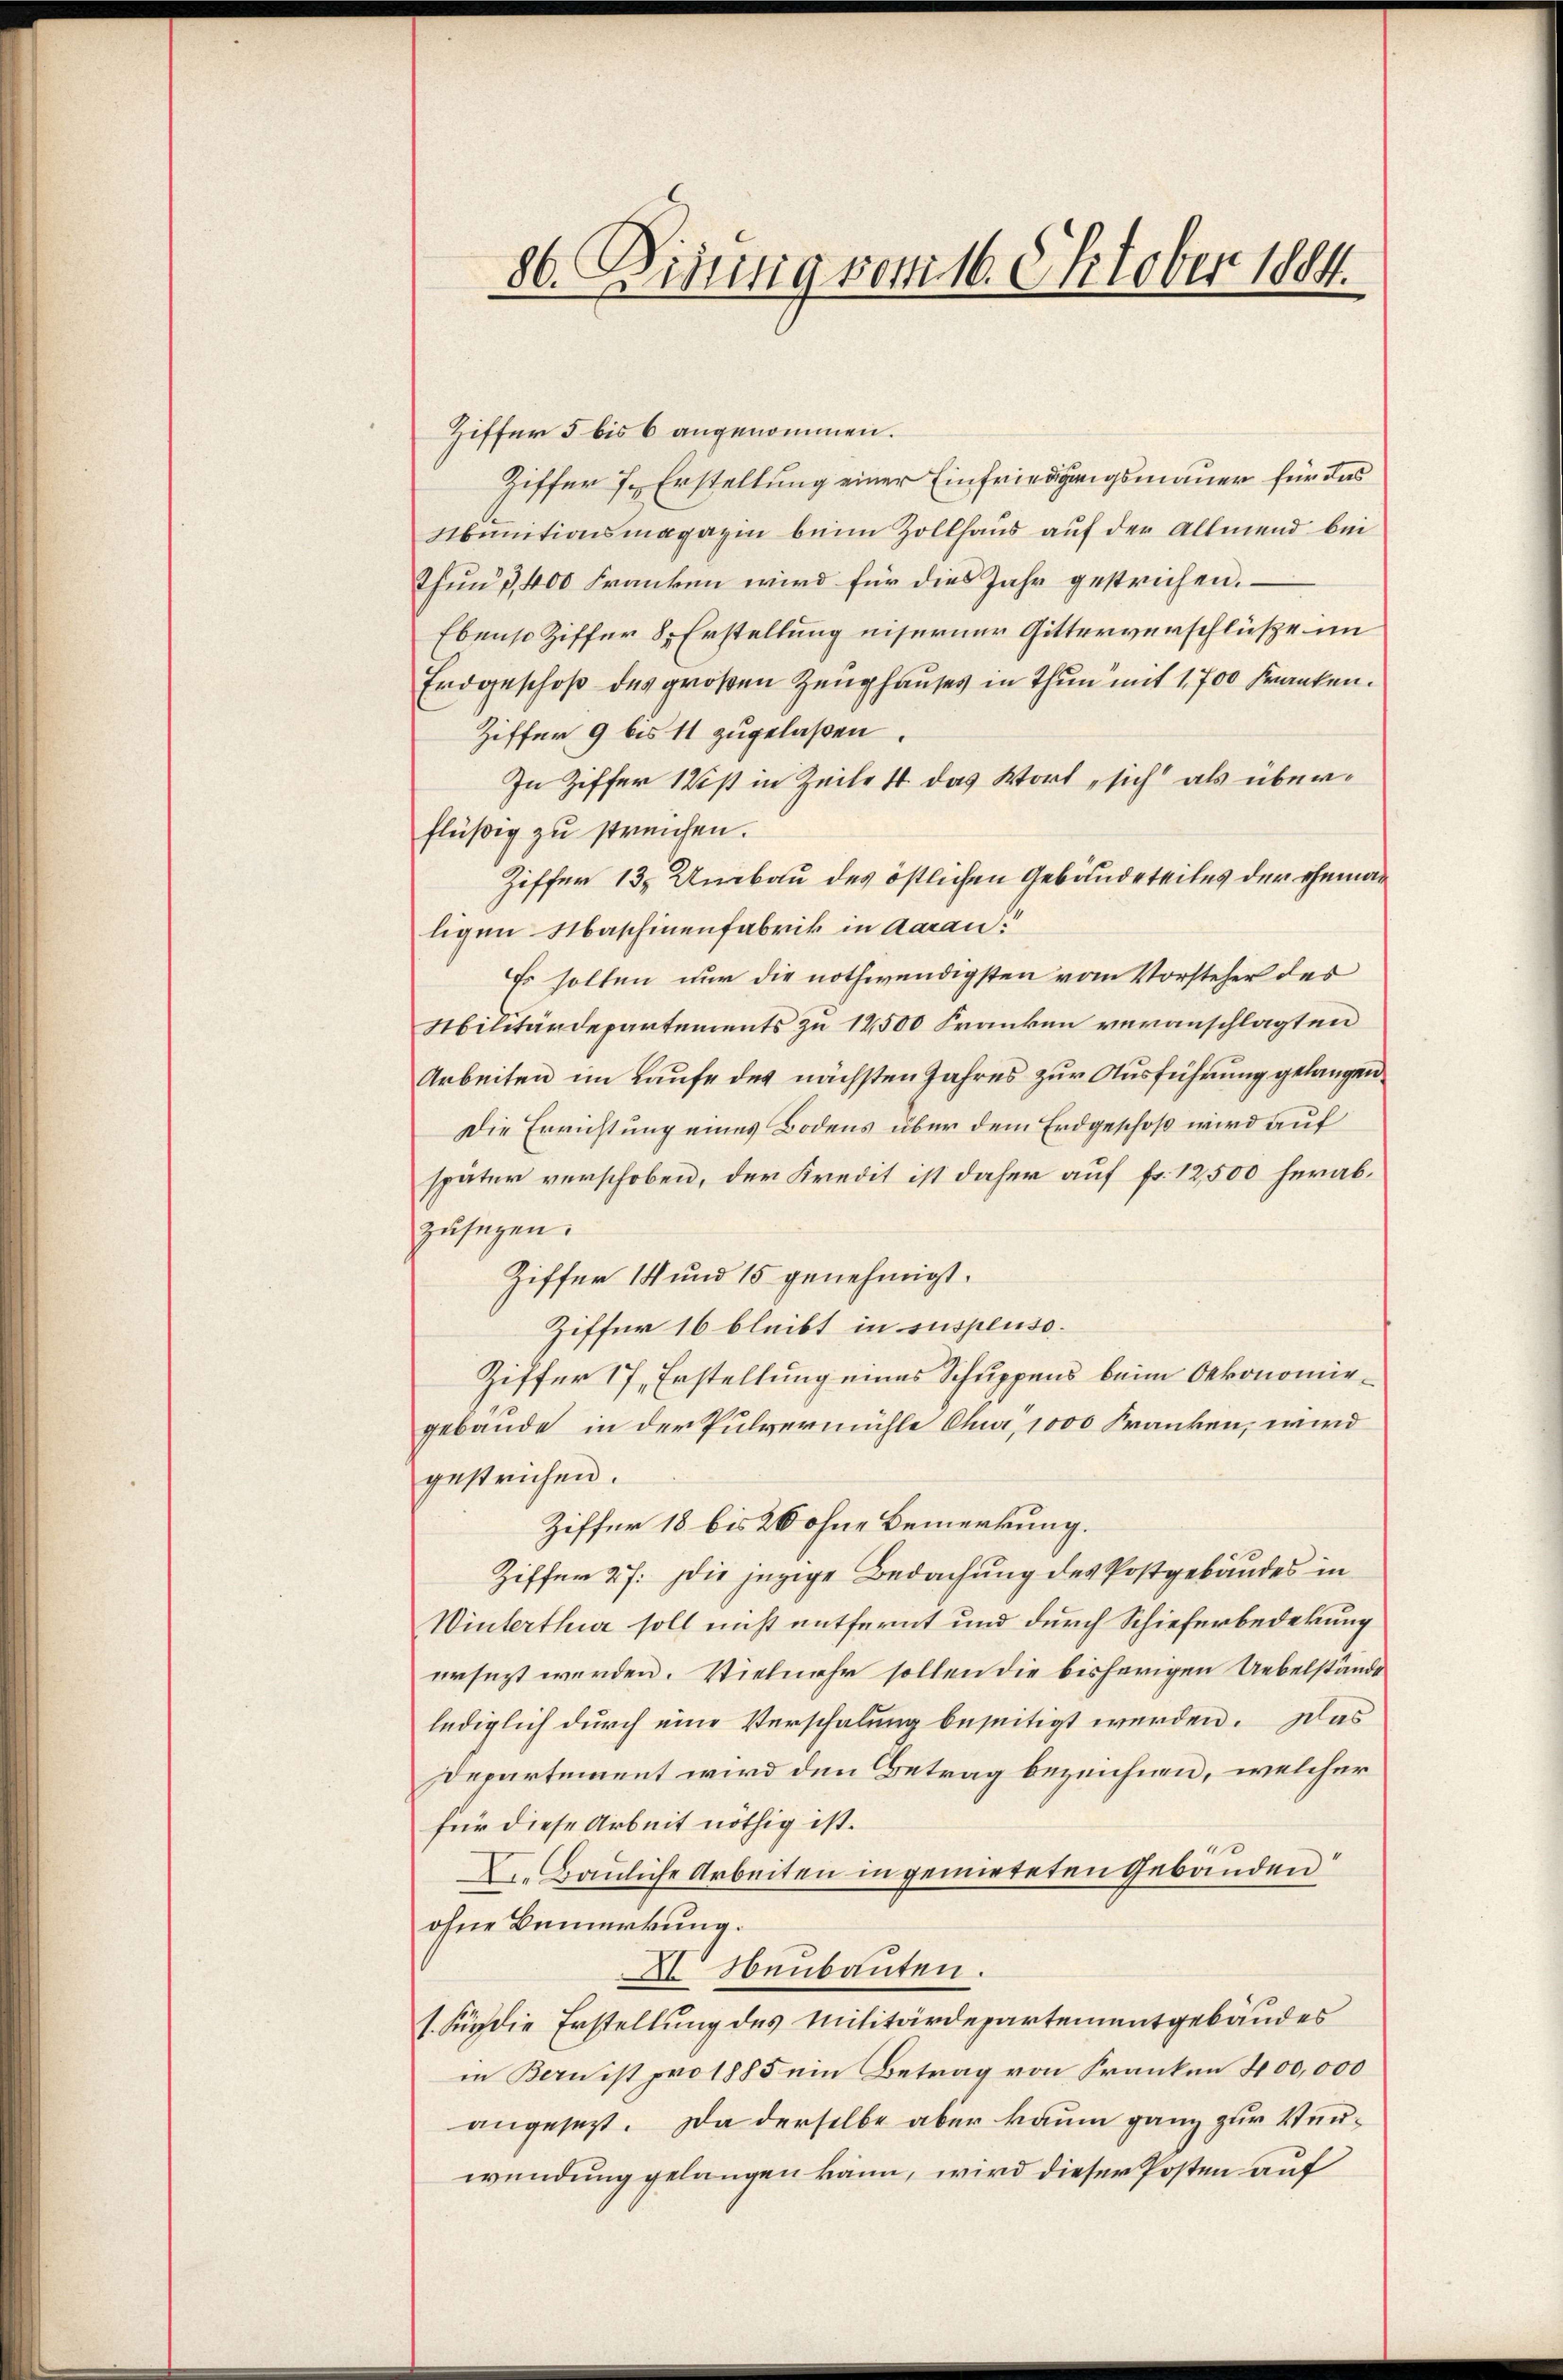
860. Bisung vom 16. Oktober 1884.

Ziffer 5 bis 6 angenommen.
Ziffer 7. Erstellung einer Einfriedigungsmauer für das
Abunitionsmagazin beim Zollhaus auf der Allmend bei
Thun, 400 Franken wird für dies Jahr gestrichen.
Ebenso Ziffer 8. Erstellung eiserner Gitterverschlüße im
Endgeschoß des großen Zeughauses in Thun mit 1,700 Franken.
Ziffer 9 bis 11 zugelaßen.
In Ziffer 1st in Zeile 4 das Wort sich als überflüßig zu streichen.
Ziffer 13. Umbau des östlichen Gebäudeteiles der eheman
ligen Maschinenfabrik in daran!
Es sollen nur die nothwendigsten vom Vorsteher des
Militärdepartements zu 14500 Franken veranschlagten
Arbeiten im Laufe des nächsten Jahres zur Ausführung gelangen.
Die Errichtung eines Bodens über dem Erdgeschoß wird auf
später verschoben, der Kredit ist daher auf fr. 12,500 herabzusagen.
Ziffer 14 und 15 genehmigt.
Ziffer 16 bleibt in suspenso.
Ziffer 17, Erstellung eines Schuppens beim Oekonomiegebäude in der Pulvermühle Chur, 1000 Franken, wird
gestrichen.
Ziffer 18 bis 26 ohne Bemerkung.
Ziffer 27. Die jegige Bedachung des Postgebäudes in
Winterthur soll nicht entfernt und durch Schieferbedekung
ersezt werden. Vielmehr sollen die bisherigen Uebelstände
lediglich durch eine Verschalung beseitigt werden. Das
Departement wird den Betrag bezeichnen, welcher
für diese Arbeit nöthig ist.
1
L. Bauliche Arbeiten in gemieteten Gebäuden
ohne Bemerkung.
A. Neubauten.
s. Für die Erstellung des Militärdepartementgebäudes
in Bernist pro 1885 ein Betrag von Franken 400,000
angesetzt. Da derselbe aber kaum ganz zur Verwendung gelangen kann, wird dieser Posten auf